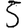
Digit: 5